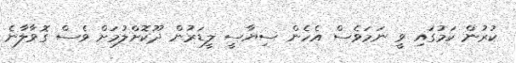
ކުރުން ކަމުގައި ވީ ނަމަވެސް އެހެން ސިޔާސީ ލީޑަރުން ދޫކޮށްލުމަށް ވެސް ގޮވާލާނެ